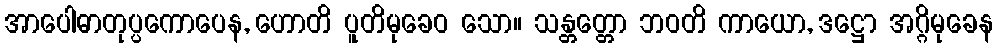
အာပေါဓာတုပ္ပကောပေန, ဟောတိ ပူတိမုခေဝ သော။ သန္တတ္တော ဘဝတိ ကာယော, ဒဋ္ဌော အဂ္ဂိမုခေန